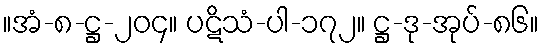
။အံ-၈-ဋ္ဌ-၂၀၄။ ပဋိသံ-ပါ-၁၇၂။ ဋ္ဌ-ဒု-အုပ်-၈၆။